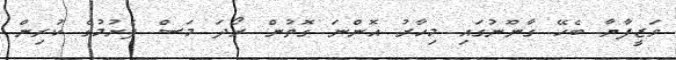
ވަޒީފާޔާ ބެހޭ ގާނޫނުގައި މިހާރު އޮންނަ ގޮތުން ރޯދަ މަސް ފެށުމުގެ ކުރިން